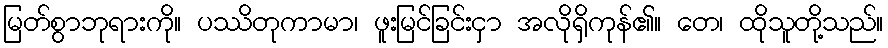
မြတ်စွာဘုရားကို။ ပဿိတုကာမာ၊ ဖူးမြင်ခြင်းငှာ အလိုရှိကုန်၏။ တေ၊ ထိုသူတို့သည်။